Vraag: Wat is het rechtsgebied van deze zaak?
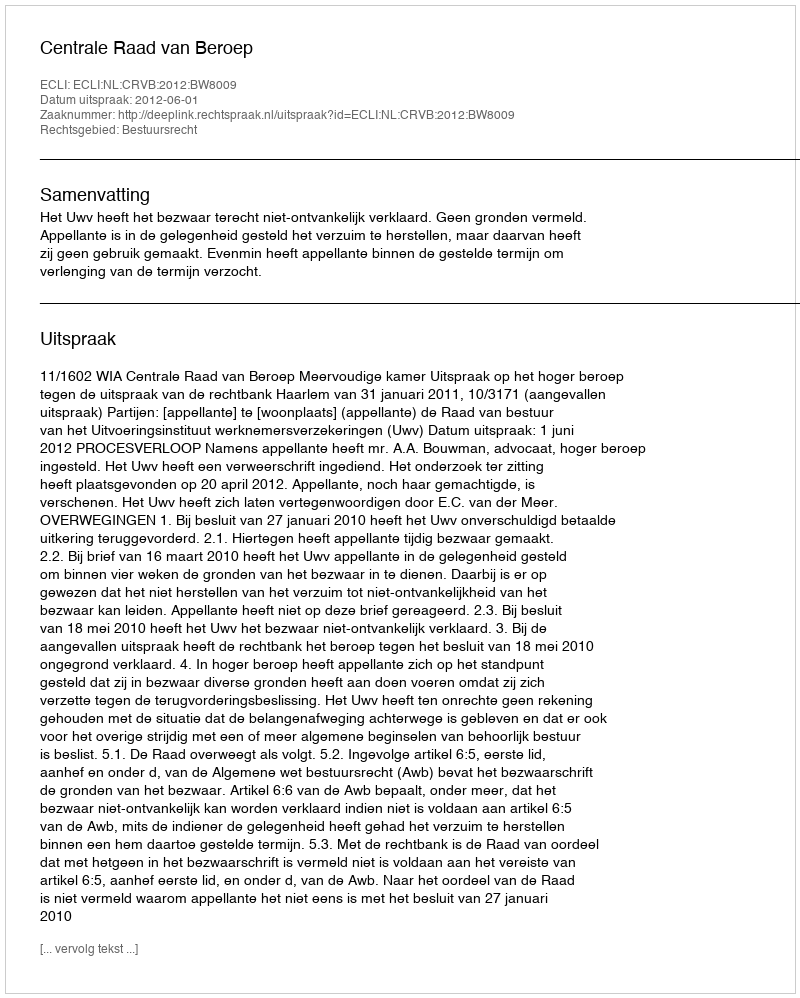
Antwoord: Bestuursrecht